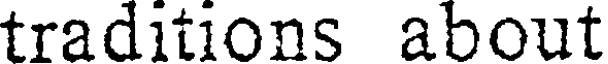
traditions about